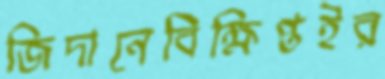
জিদানেবিক্ষিপ্তইর